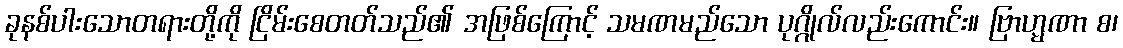
ခုနစ်ပါးသောတရားတို့ကို ငြိမ်းစေတတ်သည်၏ အဖြစ်ကြောင့် သမဏမည်သော ပုဂ္ဂိုလ်လည်းကောင်း။ ဗြာဟ္မဏာ စ၊